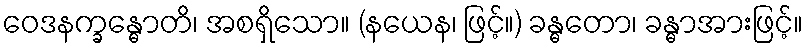
ဝေဒနက္ခန္ဓောတိ၊ အစရှိသော။ (နယေန၊ ဖြင့်။) ခန္ဓတော၊ ခန္ဓာအားဖြင့်။